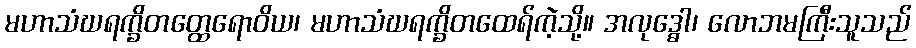
မဟာသံဃရက္ခိတတ္ထေရောဝိယ၊ မဟာသံဃရက္ခိတထေရ်ကဲ့သို့။ အလုဒ္ဓေါ၊ လောဘမကြီးသူသည်